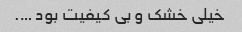
خیلی خشک و بی کیفیت بود ….